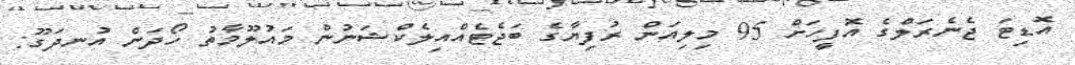
އޮޑިޓަ ޖެނެރަލްގެ އޮފީހަށް 95 މިލިއަން ރުފިޔާގެ ބަޖެޓެއްއިލެކްޝަނުން މައުލޫމާތު ހޯދަން އުނދަގޫ: